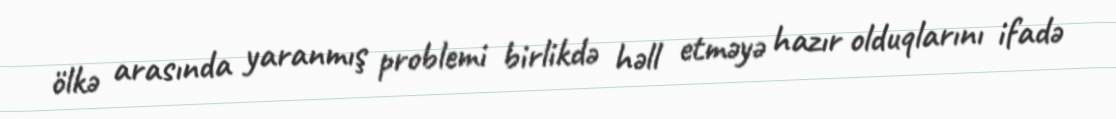
ölkə arasında yaranmış problemi birlikdə həll etməyə hazır olduqlarını ifadə